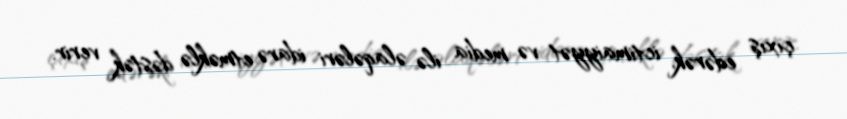
çıxış edərək, ictimaiyyət və media ilə əlaqələri idarə etməklə dəstək verir.